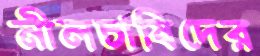
নীলচাষিদের